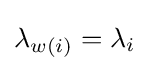
\lambda _{w(i)}=\lambda _{i}